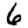
Digit: 6